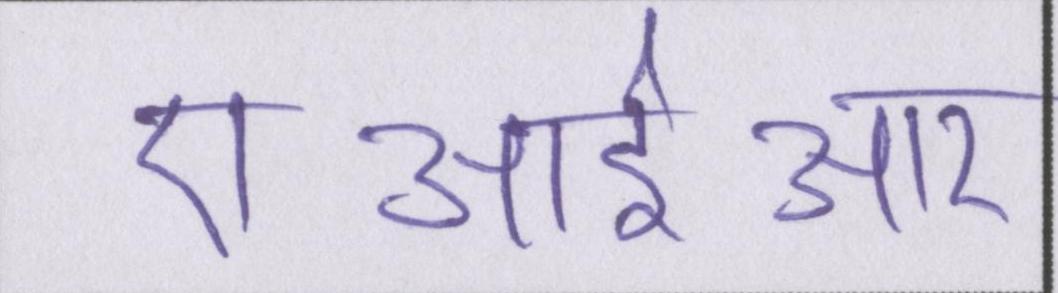
एआईआर